Medical and sanitary report of the native army of Bengal for the year
Year: 1876
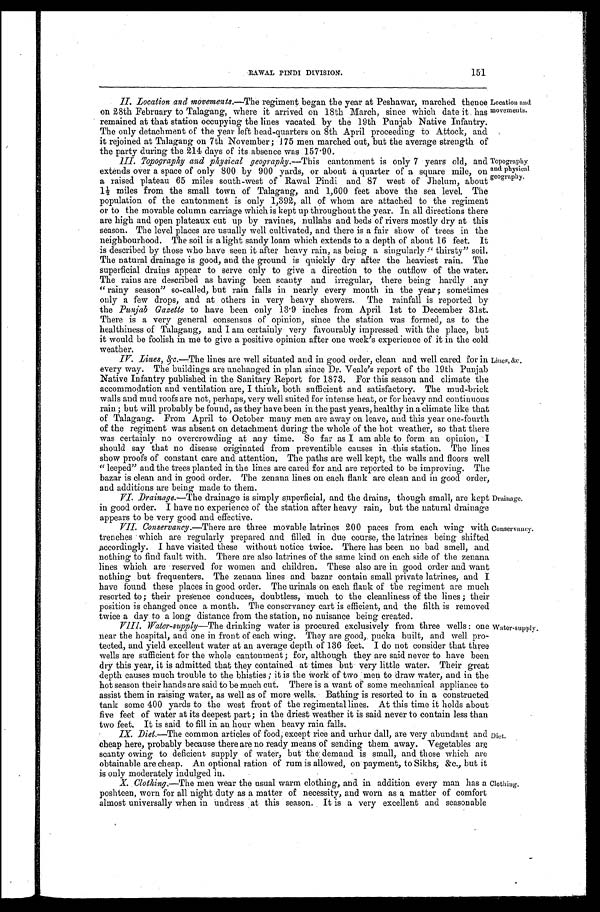
RAWAL PINDI DIVISION.
151
II. Location and movements.--The regiment began the year at Peshawar, marched thence
on 28th February to Talagang, where it arrived on 18th March, since which date it has
remained at that station occupying the lines vacated by the 19th Punjab Native Infantry.
The only detachment of the year left head-quarters on 8th April proceeding to Attock, and
it rejoined at Talagang on 7th November ; 175 men marched out, but the average strength of
the party during the 214 days of its absence was 157.90.
M. Topography and physical geography.—This cantonment is only 7 years old, and
extends over a space of only 800 by 900 yards, or about a quarter of a square mile, on
a raised plateau 65 miles south-west of Rawal Pindi and 87 west of Jhelum, about
1½ miles from the small town of Talagang, and 1,600 feet above the sea level. The
population of the cantonment is only 1,392, all of whom are attached to the regiment
or to the movable column carriage which is kept up throughout the year. In all directions there
are high and open plateaux cut up by ravines, nullahs and beds of rivers mostly dry at this
season. The level places are usually well cultivated, and there is a fair show of trees in the
neighbourhood. The soil is a light sandy loam which extends to a depth of about 16 feet. It
is described by those who have seen it after heavy rain, as being a singularly ." thirsty" soil.
The natural drainage is good, and the ground is quickly dry after the heaviest rain. The
superficial drains appear to serve only to give a direction to the outflow of the water
The rains are described as having been scanty and irregular, there being hardly any
" rainy season" so-called, but rain falls in nearly every month in the year ; sometimes
only a few drops, and at others in very heavy showers. The rainfall is reported by
the Punjab Gazette to have been only 13 . 9 inches from April. 1st to December 31st.
There is a very general consensus of opinion, since the station was formed, as to the
healthiness of Talagang, and I am certainly very favourably impressed with the place, but
it would be foolish in me to give a positive opinion after one week's experience of it in the cold
weather.
Location and
movements.
Topography
and physical
geography.
Ir. Lines, &c.—The lines are well situated and in good order, clean and well cared for in
every way. The buildings are unchanged in plan since Dr. Veale's report of the 19th Punjab
Native Infantry published in the Sanitary Report for 1873. For this season and climate the
accommodation and ventilation are, I think, both sufficient and satisfactory. The mud-brick
walls and mud roofs are not, perhaps, very well suited for intense heat, or for heavy and continuous
rain ; but will probably be found, as they have been in the past years, healthy in a climate like that
of Talagang. From April to October many men are away on leave, and this year one-fourth
of the regiment was absent on detachment during the whole of the hot weather, so that there
was certainly no overcrowding at any time. So far as I am able to form an opinion, I
should say that no disease originated from preventible causes in this station. The lines
show proofs of constant care and attention. The paths are well kept, .the walls and floors well
" leeped" and the trees planted in the lines are cared for and are reported to be improving. The
bazar is clean and in good order. The zenana lines on each flank are clean and in good order,
and additions are being made to them.
Vt. Drainage.—The drainage is simply superficial, and the drains, though small, are kept
in good order. I have no experience of the station after heavy rain, but the natural drainage
appears to be very good and effective.
Lines, &c.
Drainage.
Donservancy.
Conservancy.—There are tame movable latrines 200 paces from each wing m i t h
trenches which are regularly prepared and filled in due course, the latrines being shifted
accordingly. I have visited these without notice twice. There has been no bad smell, and
nothing to find fault with, There are also latrines of the same kind on each side of the zenana
lines which are reserved for women and children. These also are in good order and want
nothing but frequenters. The zenana lines and bazar contain small private latrines, and I
have found these places in good order. The urinals on each flank of the regiment are much
resorted to; their presence conduces, doubtless, much to the cleanliness of the lines ; their
position is changed once a month. The conservancy cart is efficient, and the filth is removed
twice a day to a long distance from the station, no nuisance being created.
VIII. Water-supply--The drinking water is procured exclusively from three wells : one
near the hospital, and one in front of each wing. They are good,. pucka built, and well pro-
tected, and yield excellent water at an average depth of 136 feet. I do not consider that three
wells are sufficient for the whole cantonment ; for, although they are said never to have been
dry this year, it is admitted that they contained at times but very little water. Their great
depth causes much trouble to the bhisties ; it is the Work of two men to draw water, and in the
hot season their hands are said to be much cut. There is a want of some mechanical appliance to
assist them in raising water, as well as of more wells. Bathing is resorted to in a constructed
tank some 400 yards to the west front of the regimental lines. At this time it holds about
five feet of water at its deepest part; in the driest weather it is said never to contain less than
two feet. It is said to fill in an hour, when heavy rain falls.
Water-supply.
I.X. Diet.—The common articles of food, except rice and urhur dall, are very abundant and
cheap here, probably because there are no ready means of sending them away. Vegetables are
scanty owing to deficient supply of water, but the: demand is small, and those which are
obtainable are cheap. An optional ration of rum is allowed, on payment, to Sikhs; &c., but it
is only moderately indulged in,
X. Clothing.—The men wear the usual warm clothing, and in addition every man leas a
poshteen, worn for all night duty as a matter of necessity, and worn as a matter of comfort
almost universally When in undress at this season. It is a very excellent and seasonable
Diet.
Clothing.